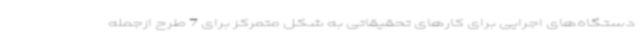
دستگاه‌های اجرایی برای کارهای تحقیقاتی به شکل متمرکز برای 7 طرح ازجمله